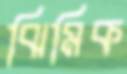
ঝিমিক